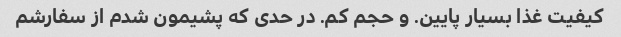
کیفیت غذا بسیار پایین. و حجم کم. در حدی که پشیمون شدم از سفارشم